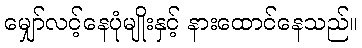
မျှော်လင့်နေပုံမျိုးနှင့် နားထောင်နေသည်။